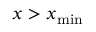
x > x _ { \mathrm { m i n } }